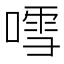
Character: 𠽌